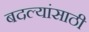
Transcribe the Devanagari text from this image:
बदल्यांसाठी